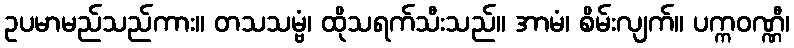
ဥပမာမည်သည်ကား။ တသသမ္ဗံ၊ ထိုသရက်သီးသည်။ အာမံ၊ စိမ်းလျက်။ ပက္ကဝဏ္ဏီ၊